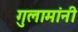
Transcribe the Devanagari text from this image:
गुलामांनी